Vaccination report Assam 1874-1896 - 1874-1896
Year: 1874
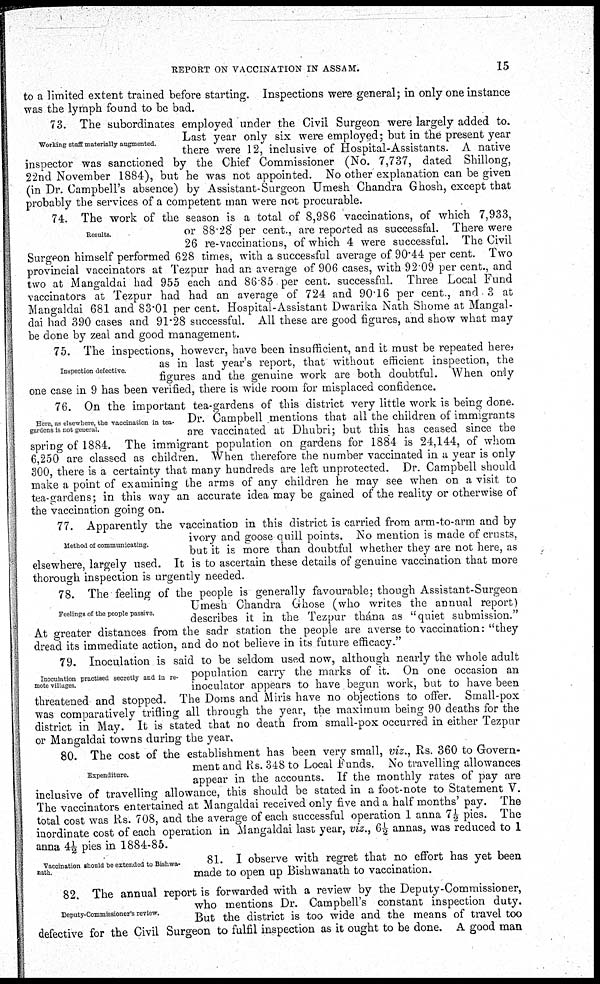
REPORT ON VACCINATION IN ASSAM.
15
to a limited extent trained before starting. Inspections were general; in only one instance
was the lymph found to be bad.
Working staff materially augmented.
73. The subordinates employed under the Civil Surgeon were largely added to.
Last year only six were employed; but in the present year
there were 12, inclusive of Hospital-Assistants. A native
inspector was sanctioned by the Chief Commissioner (No. 7,737, dated Shillong,
22nd November 1884), but he was not appointed. No other explanation can be given
(in Dr. Campbell's absence) by Assistant-Surgeon Umesh Chandra Ghosh, except that
probably the services of a competent man were not procurable.
Results.
74. The work of the season is a total of 8,986 vaccinations, of which 7,933,
or 88.28 per cent., are reported as successfal. There were
26 re-vaccinations, of which 4 were successful. The Civil
Surgeon himself performed 628 times, with a successful average of 90.44 per cent. Two
provincial vaccinators at Tezpur had an average of 906 cases, with 92.09 per cent., and
two at Mangaldai had 955 each and 86 85 per cent. successful. Three Local Fund
vaccinators at Tezpur had had an average of 724 and 90.16 per cent., and 3 at
Mangaldai 681 and 83.01 per cent. Hospital-Assistant Dwarika Nath Shome at Mangal-
dai had 390 cases and 91.28 successful. All these are good figures, and show what may
be done by zeal and good management.
Inspection defective.
75. The inspections, however, have been insufficient, and it must be repeated here,
as in last year's report, that without efficient inspection, the
figures and the genuine work are both doubtful. When only
one case in 9 has been verified, there is wide room for misplaced confidence.
Here, as elsewhere, the vaccination in tea-
gardens is not general.
76. On the important tea-gardens of this district very little work is being done.
Dr. Campbell mentions that all the children of immigrants
are vaccinated at Dhubri; but this has ceased since the
spring of 1884. The immigrant population on gardens for 1884 is 24,144, of whom
6,250 are classed as children. When therefore the number vaccinated in a year is only
300, there is a certainty that many hundreds are left unprotected. Dr. Campbell should
make a point of examining the arms of any children he may see when on a visit to
tea-gardens; in this way an accurate idea may be gained of the reality or otherwise of
the vaccination going on.
Method of communicating.
77. Apparently the vaccination in this district is carried from arm-to-arm and by
ivory and goose quill points. No mention is made of crusts,
but it is more than doubtful whether they are not here, as
elsewhere, largely used. It is to ascertain these details of genuine vaccination that more
thorough inspection is urgently needed.
Feelings of the people passive.
78. The feeling of the people is generally favourable; though Assistant-Surgeon
Umesh Chandra Ghose (who writes the annual report)
describes it in the Tezpur thána as "quiet submission."
At greater distances from the sadr station the people are averse to vaccination: "they
dread its immediate action, and do not believe in its future efficacy."
Inoculation practised secretly and in re-
mote villages.
79. Inoculation is said to be seldom used now, although nearly the whole adult
population carry the marks of it. On one occasion an
inoculator appears to have begun work, but to have been
threatened and stopped. The Doms and Miris have no objections to offer. Small-pox
was comparatively trifling all through the year, the maximum being 90 deaths for the
district in May. It is stated that no death from small-pox occurred in either Tezpur
or Mangaldai towns during the year.
Expenditure.
80. The cost of the establishment has been very small, viz., Rs. 360 to Govern-
ment and Rs. 348 to Local Funds. No travelling allowances
appear in the accounts. If the monthly rates of pay are
inclusive of travelling allowance, this should be stated in a foot-note to Statement V.
The vaccinators entertained at Mangaldai received only five and a half months' pay. The
total cost was Rs. 708, and the average of each successful operation 1 anna 7½ pies. The
inordinate cost of each operation in Mangaldai last year, viz., 6½ annas, was reduced to 1
anna 4½ pies in 1884-85.
Vaccination should be extended to Bishwa¬
nath.
81. I observe with regret that no effort has yet been
made to open up Bishwanath to vaccination.
Deputy-Commissioner's review.
82. The annual report is forwarded with a review by the Deputy-Commissioner,
who mentions Dr. Campbell's constant inspection duty.
But the district is too wide and the means of travel too
defective for the Civil Surgeon to fulfil inspection as it ought to be done. A good man